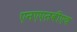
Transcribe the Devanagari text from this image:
एनएएऩबीएच